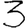
Digit: 3